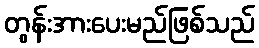
တွန်းအားပေးမည်ဖြစ်သည်